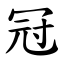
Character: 冠